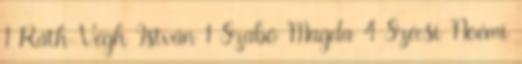
1 Ráth-Végh István 1 Szabó Magda 4 Szécsi Noémi